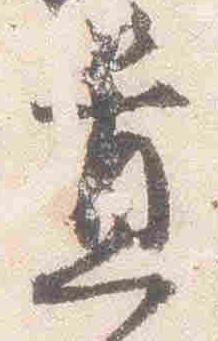
置